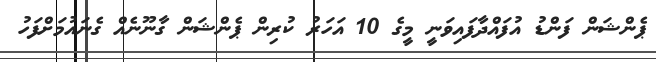
ޕެންޝަން ފަންޑު އުފައްދާފައިވަނީ މީގެ 10 އަހަރު ކުރިން ޕެންޝަން ގާނޫނެއް ގެނައުމަށްފަހު